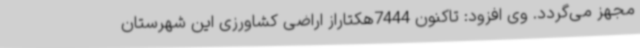
مجهز می‌گردد. وی افزود: تاکنون 7444هکتاراز اراضی کشاورزی این شهرستان